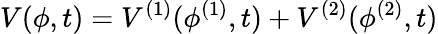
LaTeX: V(\phi,t)=V^{(1)}(\phi^{(1)},t)+V^{(2)}(\phi^{(2)},t)